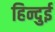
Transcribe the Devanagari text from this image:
हिन्दुई